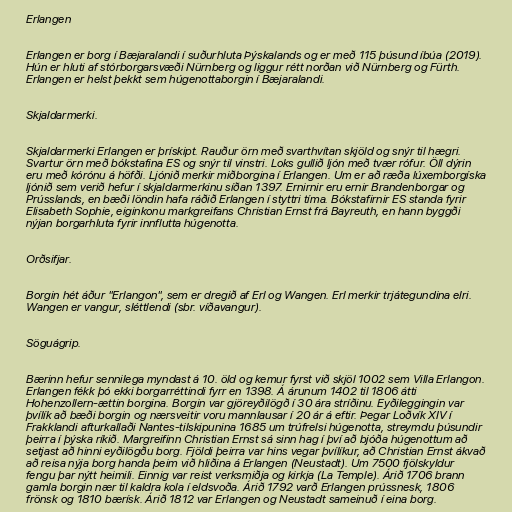
Erlangen

Erlangen er borg í Bæjaralandi í suðurhluta Þýskalands og er með 115 þúsund íbúa (2019).
Hún er hluti af stórborgarsvæði Nürnberg og liggur rétt norðan við Nürnberg og Fürth.
Erlangen er helst þekkt sem húgenottaborgin í Bæjaralandi.

Skjaldarmerki.

Skjaldarmerki Erlangen er þrískipt. Rauður örn með svarthvítan skjöld og snýr til hægri.
Svartur örn með bókstafina ES og snýr til vinstri. Loks gullið ljón með tvær rófur. Öll dýrin
eru með kórónu á höfði. Ljónið merkir miðborgina í Erlangen. Um er að ræða lúxemborgíska
ljónið sem verið hefur í skjaldarmerkinu síðan 1397. Ernirnir eru ernir Brandenborgar og
Prússlands, en bæði löndin hafa ráðið Erlangen í styttri tíma. Bókstafirnir ES standa fyrir
Elisabeth Sophie, eiginkonu markgreifans Christian Ernst frá Bayreuth, en hann byggði
nýjan borgarhluta fyrir innflutta húgenotta.

Orðsifjar.

Borgin hét áður "Erlangon", sem er dregið af Erl og Wangen. Erl merkir trjátegundina elri.
Wangen er vangur, sléttlendi (sbr. víðavangur).

Söguágrip.

Bærinn hefur sennilega myndast á 10. öld og kemur fyrst við skjöl 1002 sem Villa Erlangon.
Erlangen fékk þó ekki borgarréttindi fyrr en 1398. Á árunum 1402 til 1806 átti
Hohenzollern-ættin borgina. Borgin var gjöreyðilögð í 30 ára stríðinu. Eyðileggingin var
þvílík að bæði borgin og nærsveitir voru mannlausar í 20 ár á eftir. Þegar Loðvík XIV í
Frakklandi afturkallaði Nantes-tilskipunina 1685 um trúfrelsi húgenotta, streymdu þúsundir
þeirra í þýska ríkið. Margreifinn Christian Ernst sá sinn hag í því að bjóða húgenottum að
setjast að hinni eyðilögðu borg. Fjöldi þeirra var hins vegar þvílíkur, að Christian Ernst ákvað
að reisa nýja borg handa þeim við hliðina á Erlangen (Neustadt). Um 7500 fjölskyldur
fengu þar nýtt heimili. Einnig var reist verksmiðja og kirkja (La Temple). Árið 1706 brann
gamla borgin nær til kaldra kola í eldsvoða. Árið 1792 varð Erlangen prússnesk, 1806
frönsk og 1810 bærísk. Árið 1812 var Erlangen og Neustadt sameinuð í eina borg.